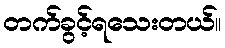
တက်ခွင့်ရသေးတယ်။